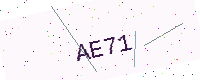
Text: AE71